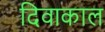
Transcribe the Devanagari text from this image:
दिवाकाल